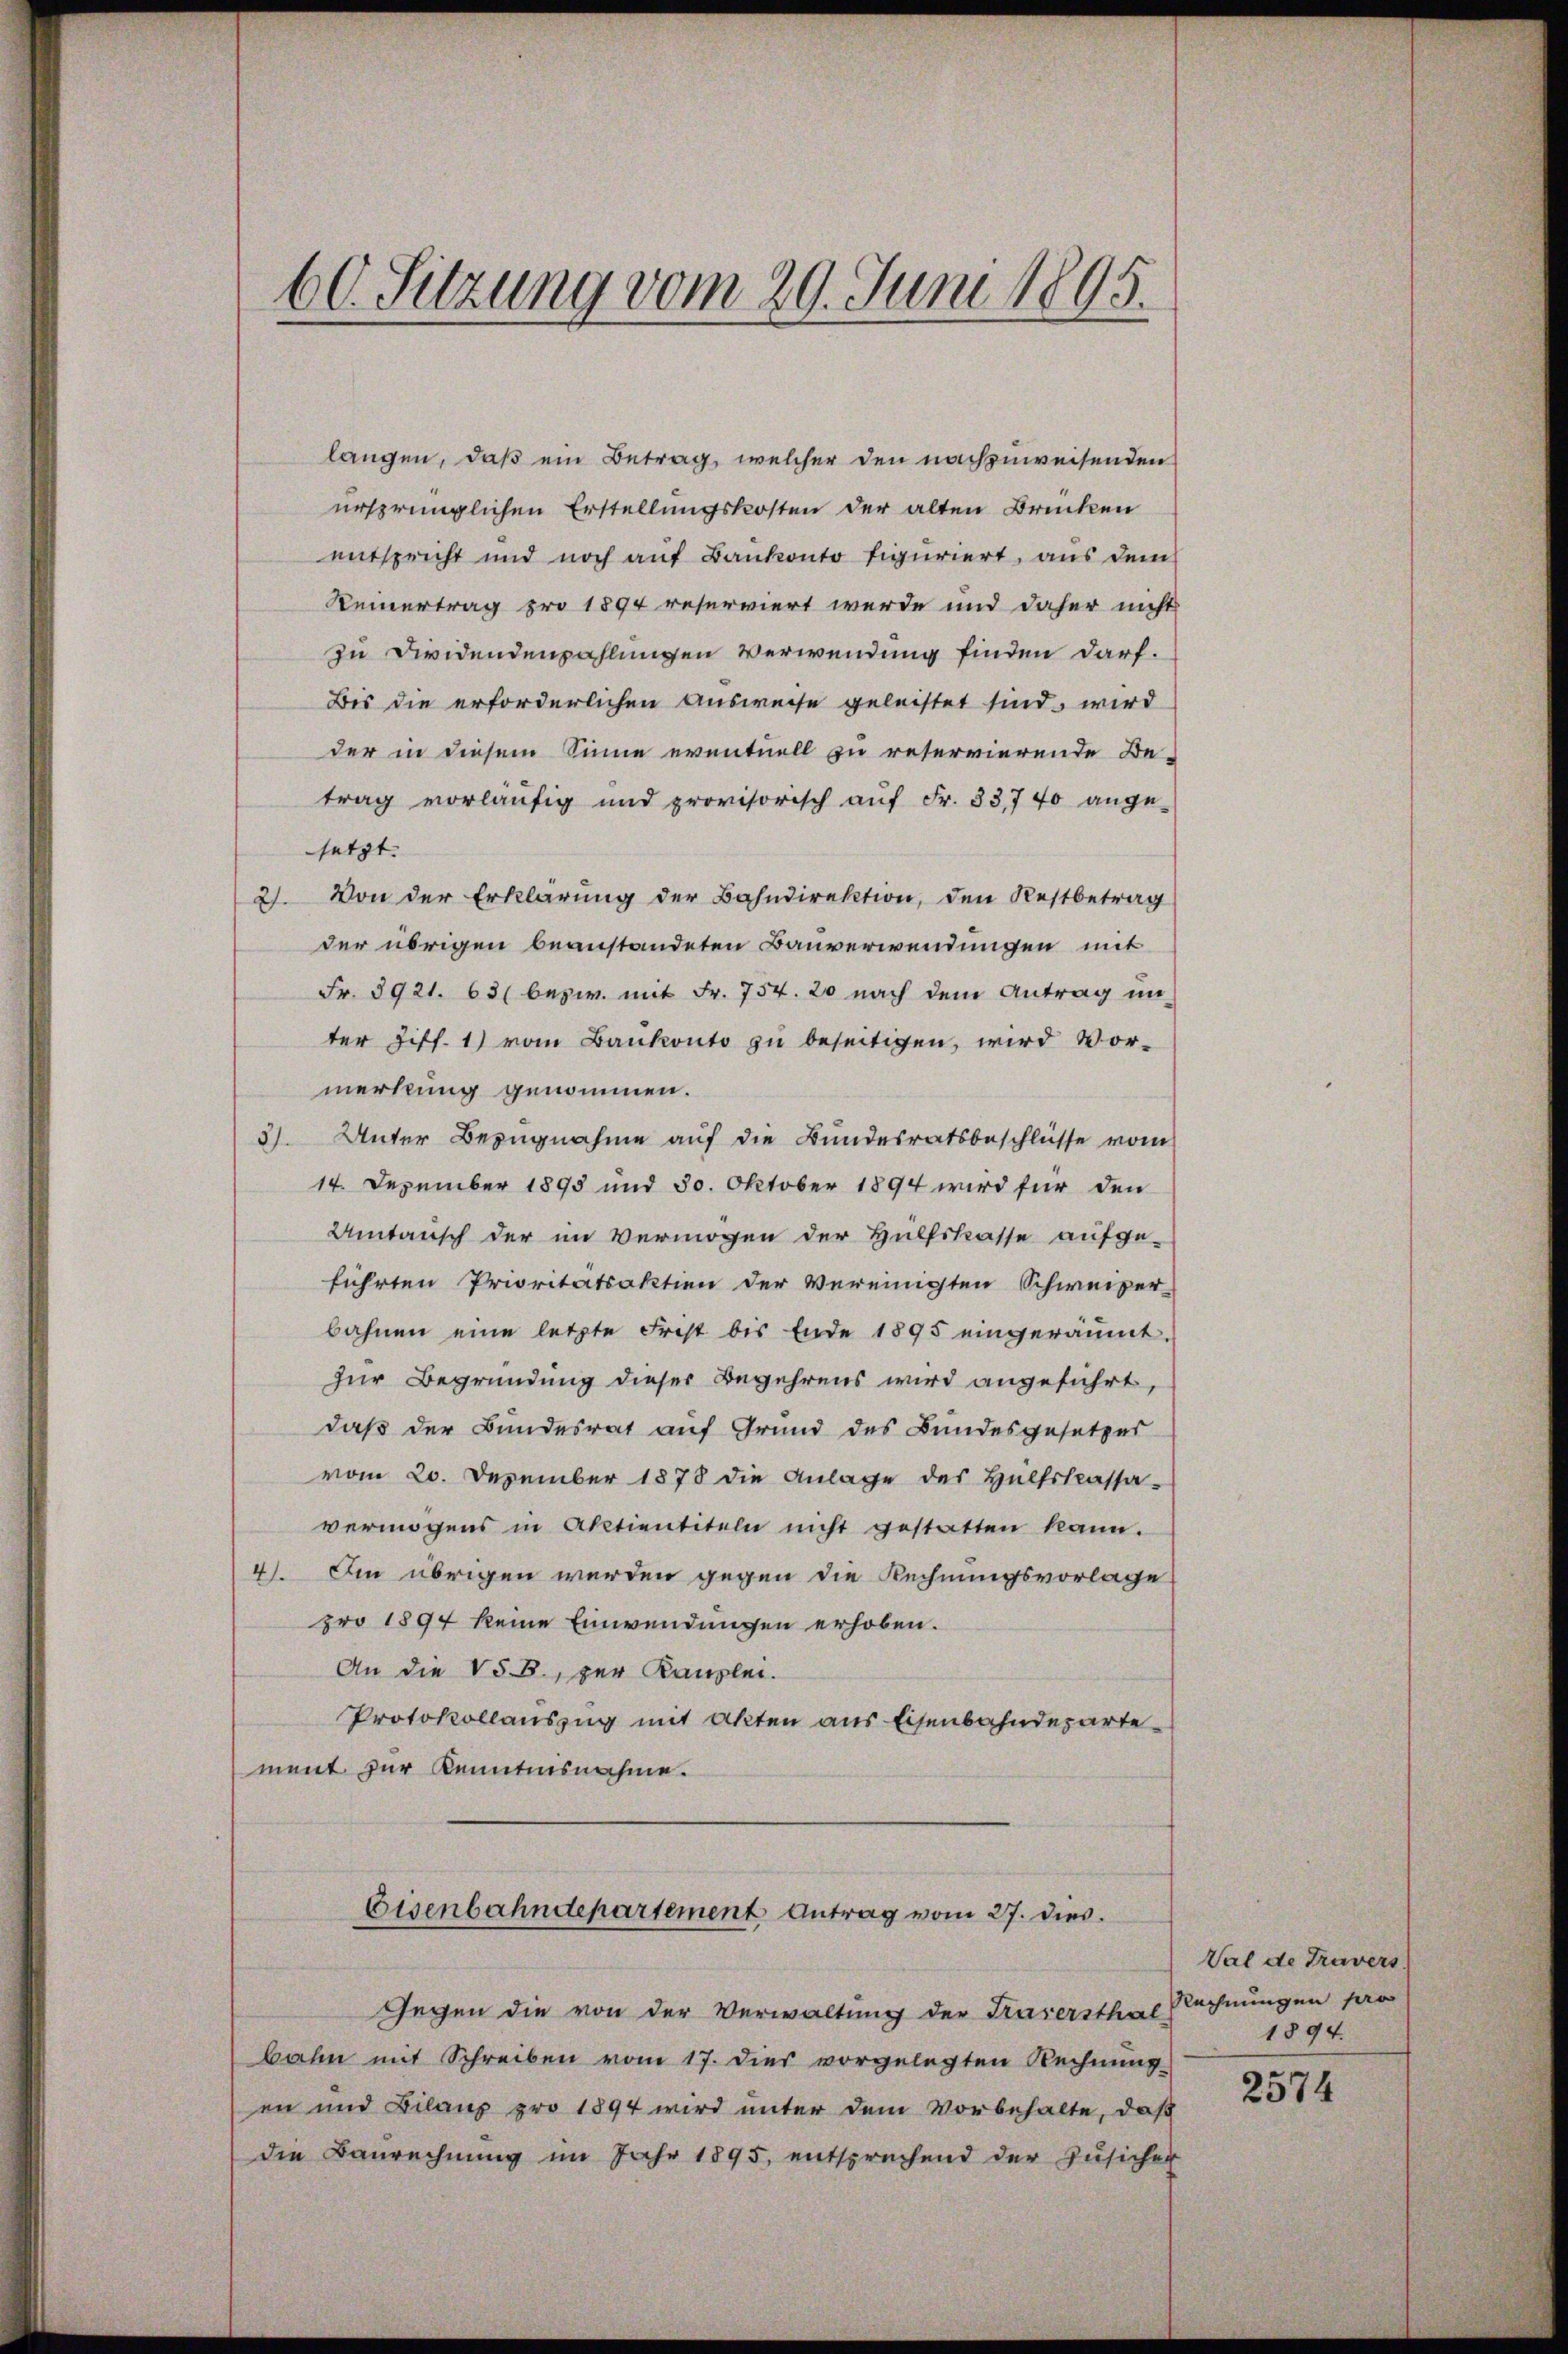
60. Sitzung vom 29. Juni 1895.

langen, daß ein Betrag, welcher den nachzuweisenden
ursprünglichen Erstellungskosten der alten Brücken
entspricht und noch auf Bankonto figuriert, aus dem
Reinertrag pro 1894 reserviert werde und daher nicht
zu Dividendenzahlungen Verwendung finden darf.
Bis die erforderlichen Ausweise geleistet sind, wird
der in diesem Sinne eventuell zu reservierende Be-
trag vorläufig und provisorisch aŭf Fr. 33740 ange-
setzt.
21. Von der Erklärung der Bahndirektion, den Restbetrag
der übrigen beanstandeten Bauverwendungen mit
Fr. 3921. 63 (bezw. mit Fr. 754. 20 nach dem Antrag un-
ter Ziff. 1) vom Bankonto zu beseitigen, wird Vormerkung genommen.
3). Unter Bezugnahme auf die Bundesratsbeschlüsse vom
14. Dezember 1895 und 30. Oktober 1894 wird für den
Umtausch der im Vermögen der Hülfskasse aufge-
führten Prioritätsaktion der Vereinigten Schweizer-
bahnen eine letzte Frist bis Ende 1895 eingeräumt.
zur Begründung dieser Begehrens wird angeführt,
daß der Bundesrat auf Grund des Bundesgesetzes
vom 20. Dezember 1878 die Anlage des Hülfskassa-
vermögens in Aktientiteln nicht gestatten kann.
4). Im übrigen werden gegen die Rechnungsvorlage
pro 1897 keine Einwendungen erhoben.
An die V§B., zur Kanzlei.
Protokollauszug mit Akten aus Eisenbahndepartement zur Kenntnisnahme.
Eisenbahndepartement Antrag vom 27. dies
Gegen die von der Verwaltung der Trasersthal
bahn mit Schreiben vom 17. dies vorgelegten Rechnung
en und Bilans pro 1894 wird unter dem Vorbehalte, daß
die Baurechnung im Jahr 1895, entsprechend der Zusicher

Val de Travers
Rechnungen pro
1894.
2574